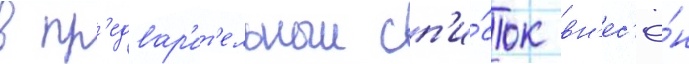
в пр'едвар'ит'ельныи сп'и́сок вн'ес'ё́н